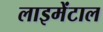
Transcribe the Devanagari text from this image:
लाइमेंटाल